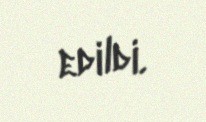
edildi.